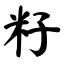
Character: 籽